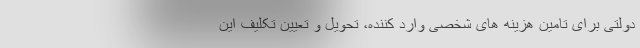
دولتی برای تامین هزینه های شخصی وارد کننده، تحویل و تعیین تکلیف این